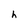
Character: h